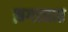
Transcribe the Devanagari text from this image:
झगडतात